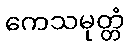
ကေသမုတ္တံ